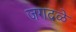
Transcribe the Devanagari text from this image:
जगदळे